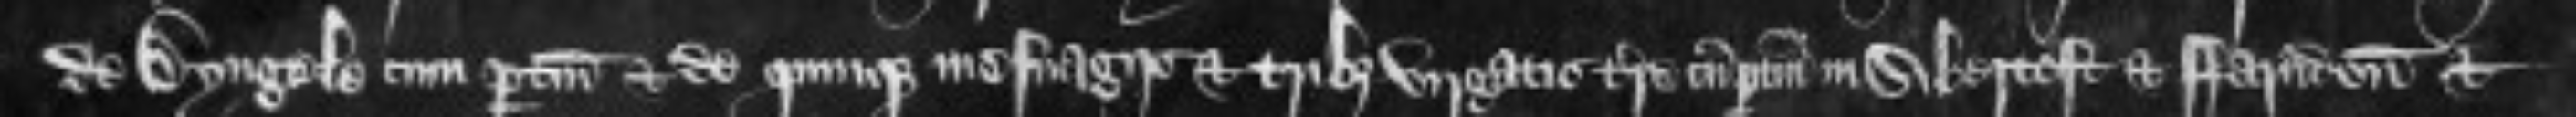
de Dyngele cum pertinenciis et de quinque mesuagiis et tribus virgatis terre cum pertinenciis in Sibertoft et Farndon et